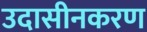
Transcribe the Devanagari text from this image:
उदासीनकरण